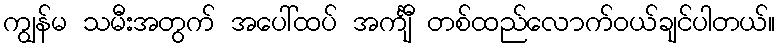
ကျွန်မ သမီးအတွက် အပေါ်ထပ် အင်္ကျီ တစ်ထည်လောက်ဝယ်ချင်ပါတယ်။